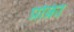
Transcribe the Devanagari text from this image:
प्रक्रिा